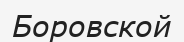
Боровской